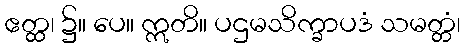
ဧတ္ထ၊ ၌။ ပေ။ ဣတိ။ ပဌမသိက္ခာပဒံ သမတ္တံ၊